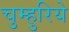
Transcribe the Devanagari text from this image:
चुम्हुरिये